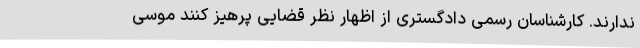
ندارند. کارشناسان رسمی دادگستری از اظهار نظر قضایی پرهیز کنند موسی